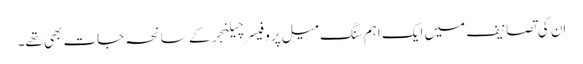
اِن کی تصانیف میں ایک اہم سنگ میل پروفیسر چیلنجر کے سانحہ جات بھی تھے۔